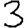
Digit: 3